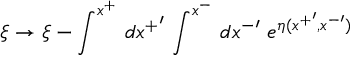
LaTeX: \xi \rightarrow \xi - \int ^ { x ^ { + } } \, d { x ^ { + } } ^ { \prime } \, \int ^ { x ^ { - } } \, d { x ^ { - } } ^ { \prime } \; e ^ { \eta ( { x ^ { + } } ^ { \prime } , { x ^ { - } } ^ { \prime } ) }